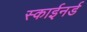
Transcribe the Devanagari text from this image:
स्काईनर्ड